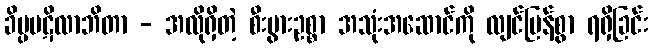
ခိပ္ပပဋိလာဘိတာ - အလိုရှိတဲ့ စီးပွားဥစ္စာ အသုံးအဆောင်ကို လျင်မြန်စွာ ရရှိခြင်း